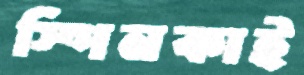
স্পিনকাই